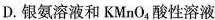
D.银氨溶液和KMnO4酸性溶液